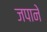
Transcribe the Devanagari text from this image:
जपाने